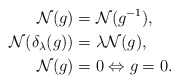
\begin{align*} \mathcal{N}(g) &= \mathcal{N}(g^{-1}), \\ \mathcal{N}(\delta_\lambda(g)) &= \lambda \mathcal{N}(g), \\ \mathcal{N}(g) &= 0 \Leftrightarrow g = 0.\end{align*}